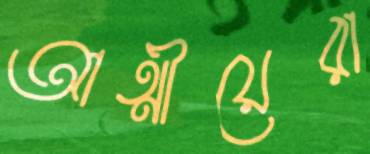
আত্মীয়েরা